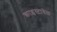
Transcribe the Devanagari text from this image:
क्राइस्टाबेल